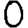
Digit: 0